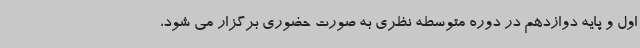
اول و پایه دوازدهم در دوره متوسطه نظری به صورت حضوری برگزار می شود،